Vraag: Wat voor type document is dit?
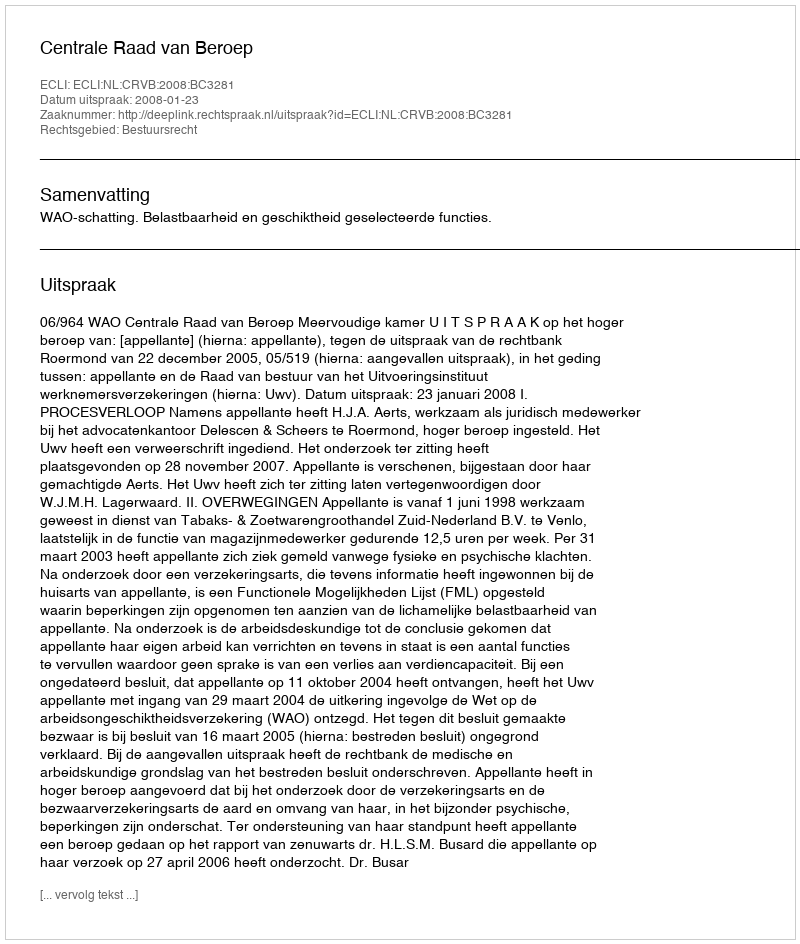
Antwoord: Uitspraak